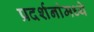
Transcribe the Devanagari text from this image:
प्रदर्शनांमध्ये